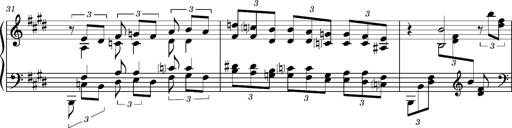
Title: PrÃ©ludes et Harmonies poÃ©tiques et religieuses
Composer: Franz Liszt